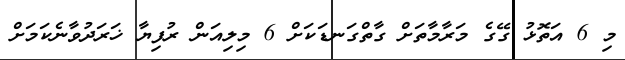
މި 6 އަތޮޅު ގޭގެ މަރާމާތަށް ގާތްގަނޑަކަށް 6 މިލިއަން ރުފިޔާ ޚަރަދުވާނެކަމަށް